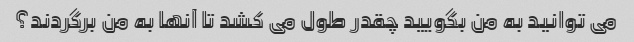
می توانید به من بگویید چقدر طول می کشد تا آنها به من برگردند؟